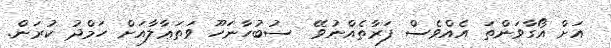
އަށް އޯގާވަންތަ އެއްވެސް ފަރާތެއްނުވޭ  ސުބުހާނަހޫ ވަތަޢާލާއަށް ހަމްދު ކުރަން.